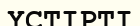
ҮСТІРТІ